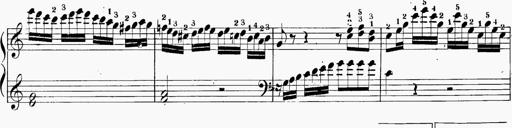
Title: 6 Sonatinas
Composer: Carl Reinecke